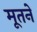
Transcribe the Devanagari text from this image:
मूतने